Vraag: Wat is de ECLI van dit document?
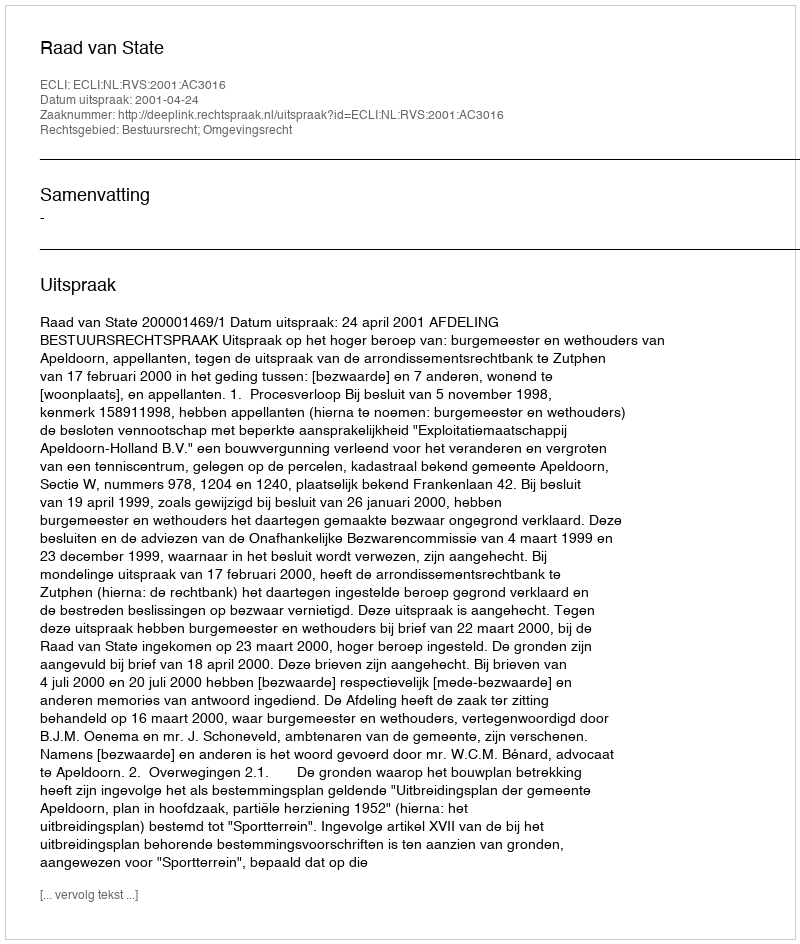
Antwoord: ECLI:NL:RVS:2001:AC3016